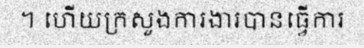
។ ហើយក្រសួងការងារបានធ្វើការ